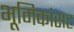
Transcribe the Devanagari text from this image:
भूमिकांसह